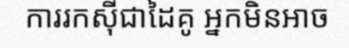
ការរកស៊ីជាដៃគូ អ្នកមិនអាច